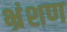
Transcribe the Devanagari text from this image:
भ्रंशण